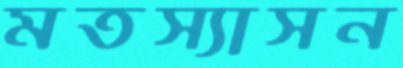
মতস্যাসন